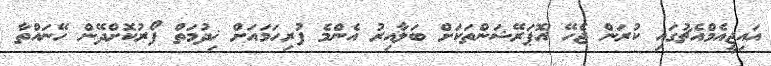
އައިޖީއެމްއެޗުގައި ކުރަން ޖެހޭ އޮޕަރޭޝަންތަކަށް ބަލާއިރު އެންމެ ފުރިހަމައަށް ޚިދުމަތް ފޯރުކޮށްދޭން ހޭނައްތާ